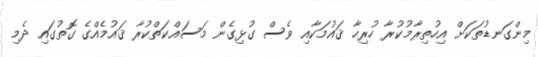
މިންގަނޑުތަކަށް އިހުތިރާމުކުރާ ހުރިހާ ޤައުމަކާއި ވެސް ގުޅިގެން މަސައްކަތްކުރާ ޤައުމެއްގެ ގޮތުގައި ދެމި